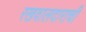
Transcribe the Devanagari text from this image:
रखवालदाराची